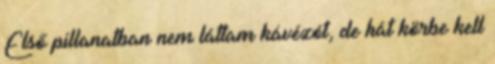
Első pillanatban nem láttam kávézót, de hát körbe kell